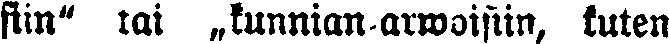
siin" tai „kunnian-arwoisiin, kuten